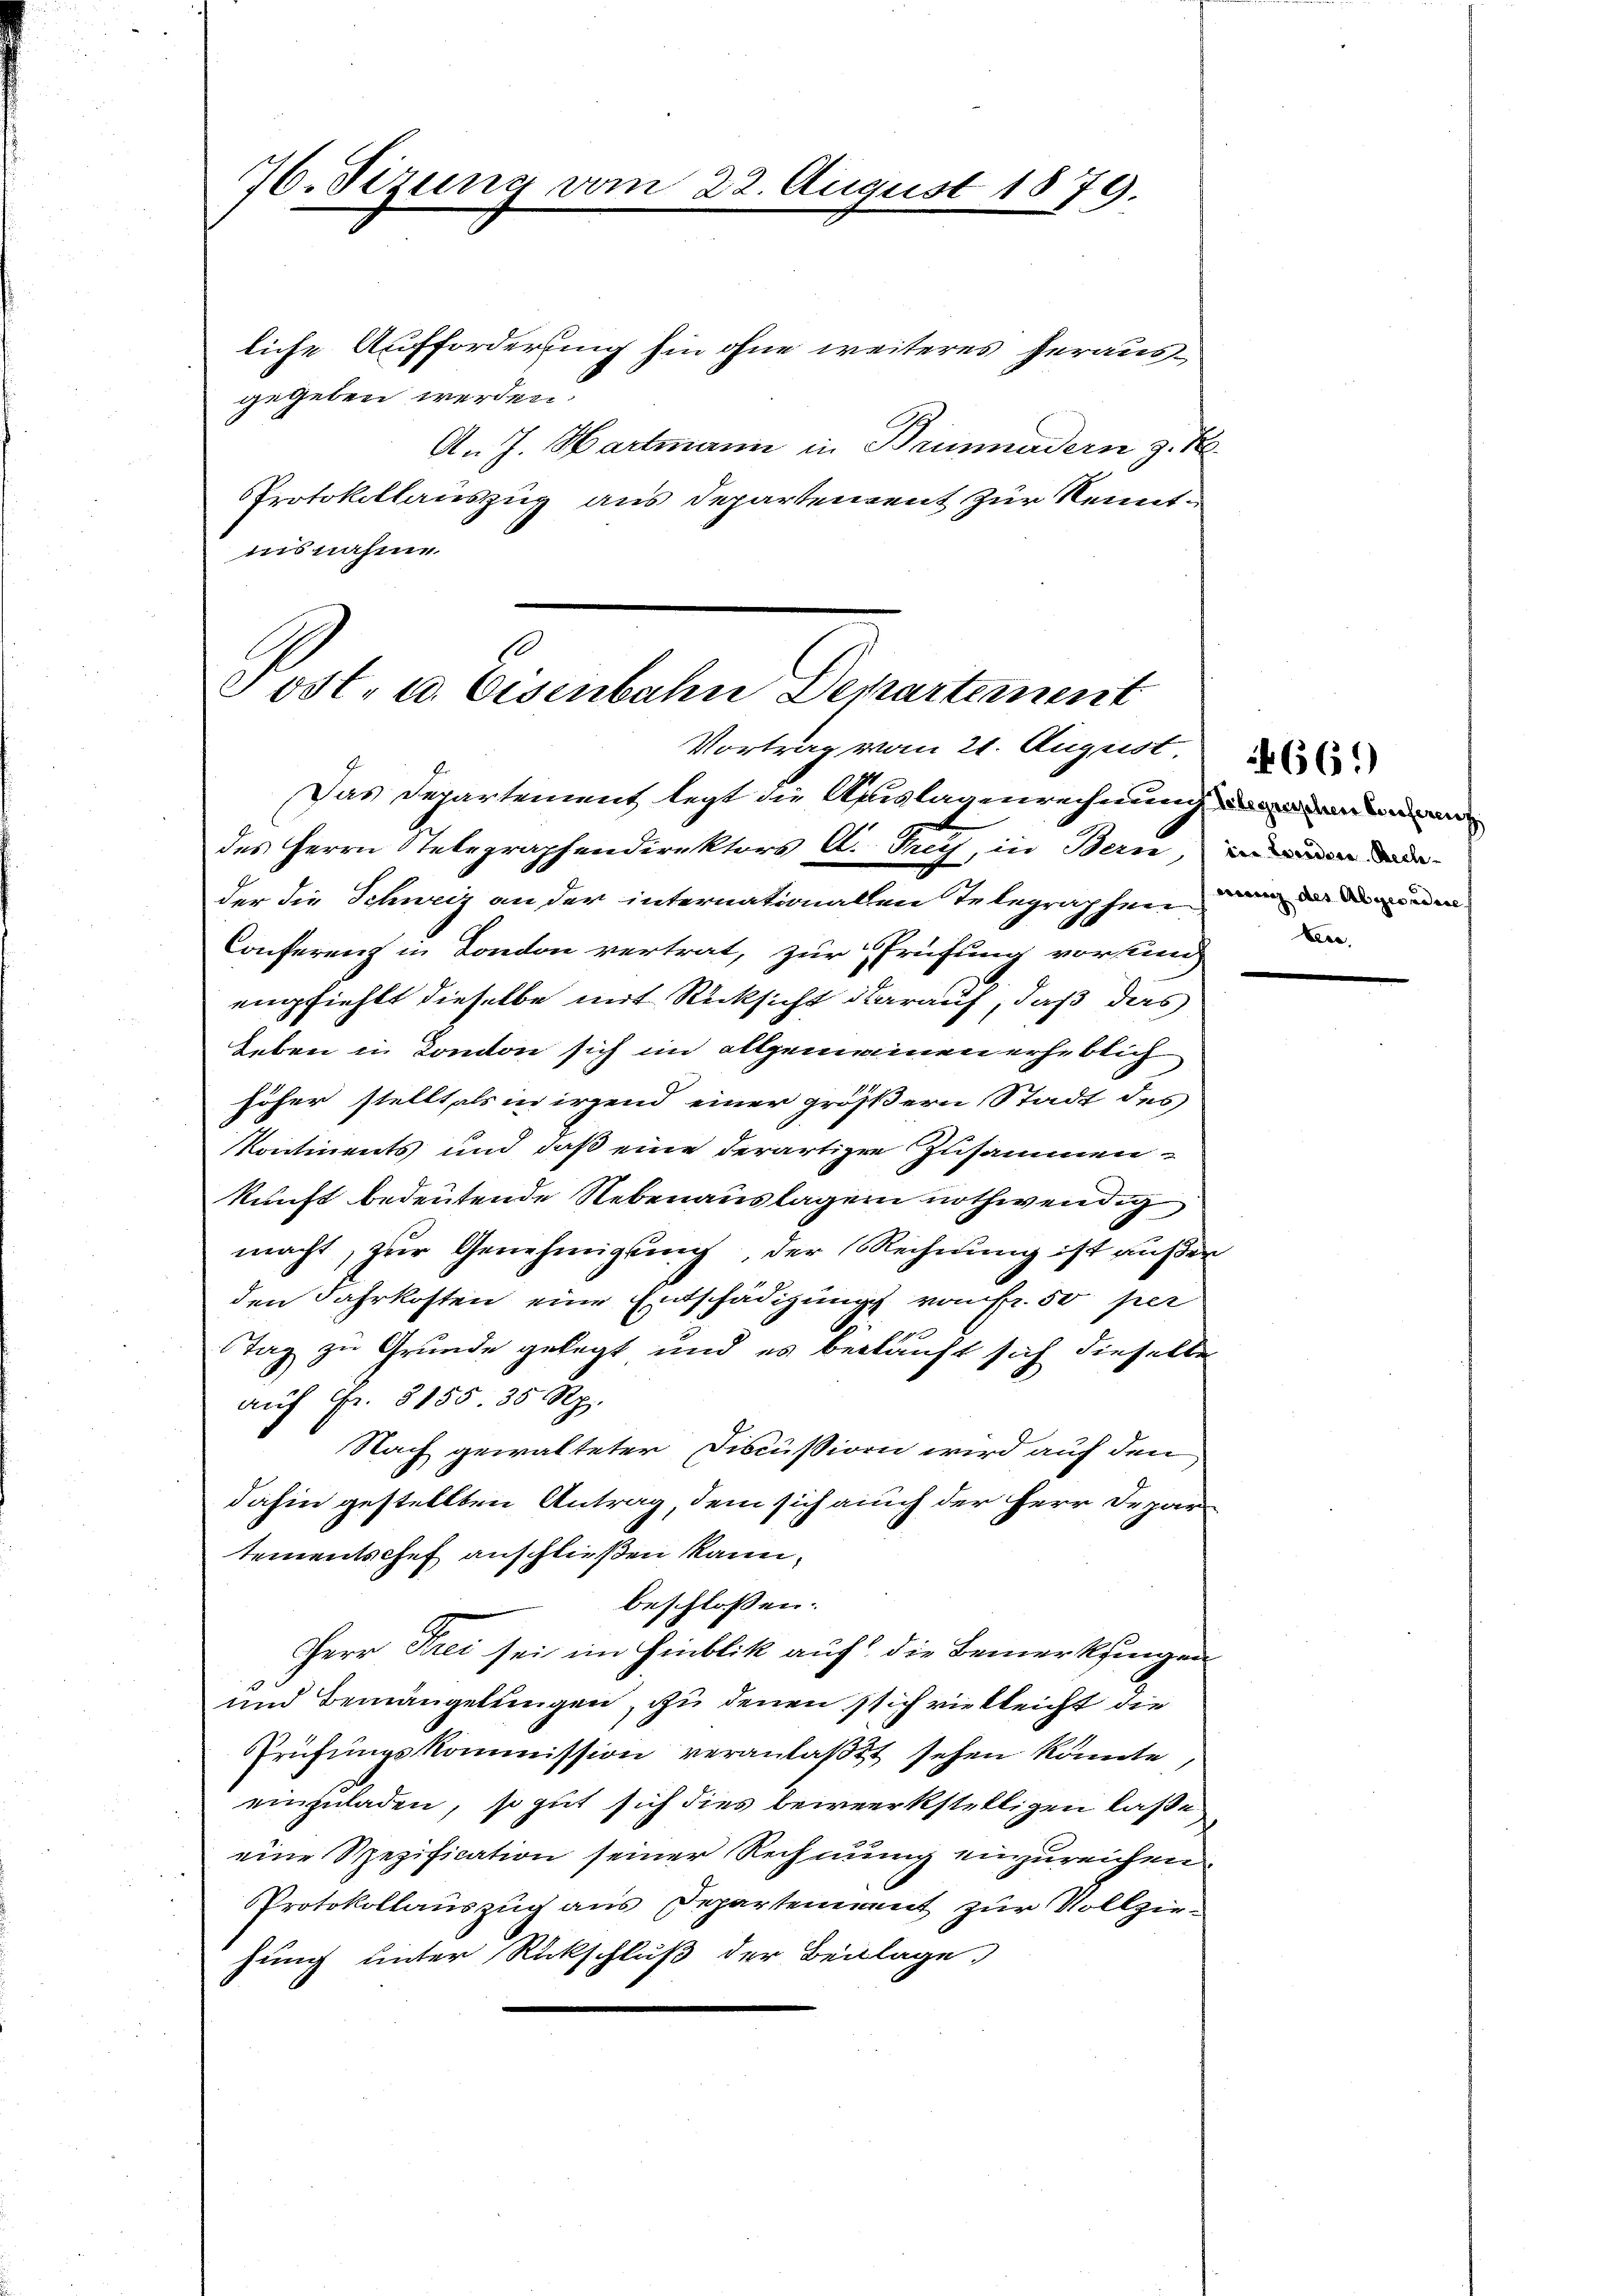
76. Sezung vom 22. August 1879.

liche Aufforderung hin ohne weiteres herausgegeben werden.
An J. Hartmann in Brunnedern z. B.
PProtokollauszug aus Departement zur Kenntiisnahme

Post- u. Eisenbahn Departernent
Vortrag vom 21. August.

Das Departement legt die Auslagenrechnung
des Herrn Stelegraphendirektors A. Frey, in Bern, in den de
der die Schweiz an der internationalen Telegraphen den
Conferenz in London vertrat, zur Prüfung vorsung
empfiehlt dieselbe mit Rücksicht darauf, daß das
Leben in Canton sich im allgemeinen erheblich
höher stellt als in irgend einer größern Stadt des
kontinents und daß eine derartigen Zusammen-
kunft bedeutende Nebenauslagen nothwendig
macht, zur Genehmigung, der Rechnung ist außer
den Jahrkosten eine Entschädigung vom fr. 50 per
Tag zu Grunde gelegt und es beiläuft sich dieselbe
auf Fr. 5155. 35 Rp.
Nach gewalteter Fiscußion wird auf den
dahin gestellten Antrag, dem sich auch der Herr Departementschef anschließen kann.
beschlossen:
Herr Frei sei im Hinblik auf die Bemerksingen
und Bemängelungen, zu denen sich vielleicht die
Prüfungskommission veranlaßt sehen könnte
einzuladen, so gut sich dies bewerkstelligen laßen
eine Spezification seiner Rechnung einzureichen.
Protokollauszug aus Departement zur Vollziehung unter Rückschluß der Beilage.

Lese

661)